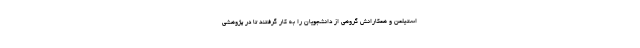
استیلمن و همکارانش گروهی از دانشجویان را به کار گرفتند تا در پژوهشی